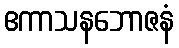
ဧကာသနဘောဇနံ